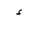
Letter: _hamza